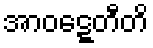
အာဝဋ္ဋေတီတိ